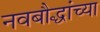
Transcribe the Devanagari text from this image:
नवबौद्धांच्या